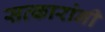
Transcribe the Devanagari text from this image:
सत्कारांनी